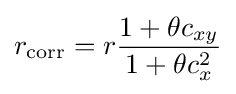
r_{\mathrm {corr} }=r{\frac {1+\theta c_{xy}}{1+\theta c_{x}^{2}}}